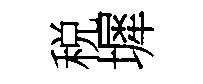
税墀